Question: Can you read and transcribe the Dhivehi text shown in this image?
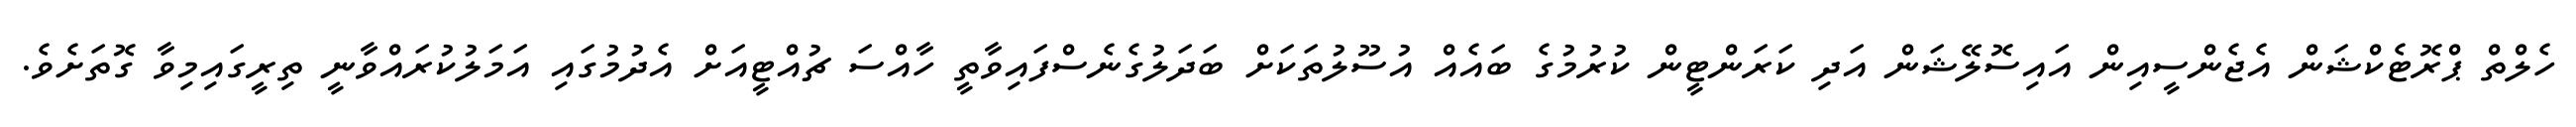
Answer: ހެލްތް ޕްރޮޓެކްޝަން އެޖެންސީއިން އައިސޮލޭޝަން އަދި ކަރަންޓީން ކުރުމުގެ ބައެއް އުސޫލުތަކަށް ބަދަލުގެނެސްފައިވާތީ ހާއްސަ ޗުއްޓީއަށް އެދުމުގައި އަމަލުކުރައްވާނީ ތިރީގައިމިވާ ގޮތަށެވެ.